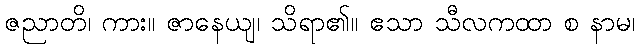
ဇညာတိ၊ ကား။ ဇာနေယျ၊ သိရာ၏။ ဧသာ သီလကထာ စ နာမ၊